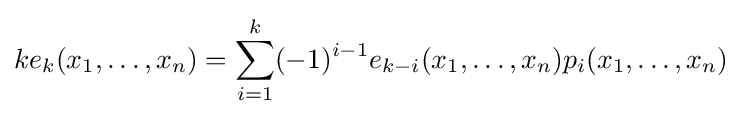
ke_{k}(x_{1},\ldots ,x_{n})=\sum _{i=1}^{k}(-1)^{i-1}e_{k-i}(x_{1},\ldots ,x_{n})p_{i}(x_{1},\ldots ,x_{n})